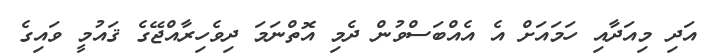
އަދި މިއަދާއި ހަމައަށް އެ އެއްބަސްވުން ދެމި އޮތްނަމަ ދިވެހިރާއްޖޭގެ ޤައުމީ ވައިގެ